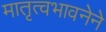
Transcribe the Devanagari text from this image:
मातृत्वभावनेने